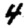
Digit: 4